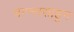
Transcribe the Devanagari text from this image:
पन्‍न्‍नासाहून